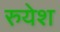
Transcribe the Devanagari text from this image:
रुयेश